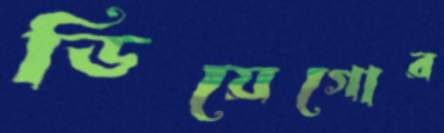
ডিয়েগোর